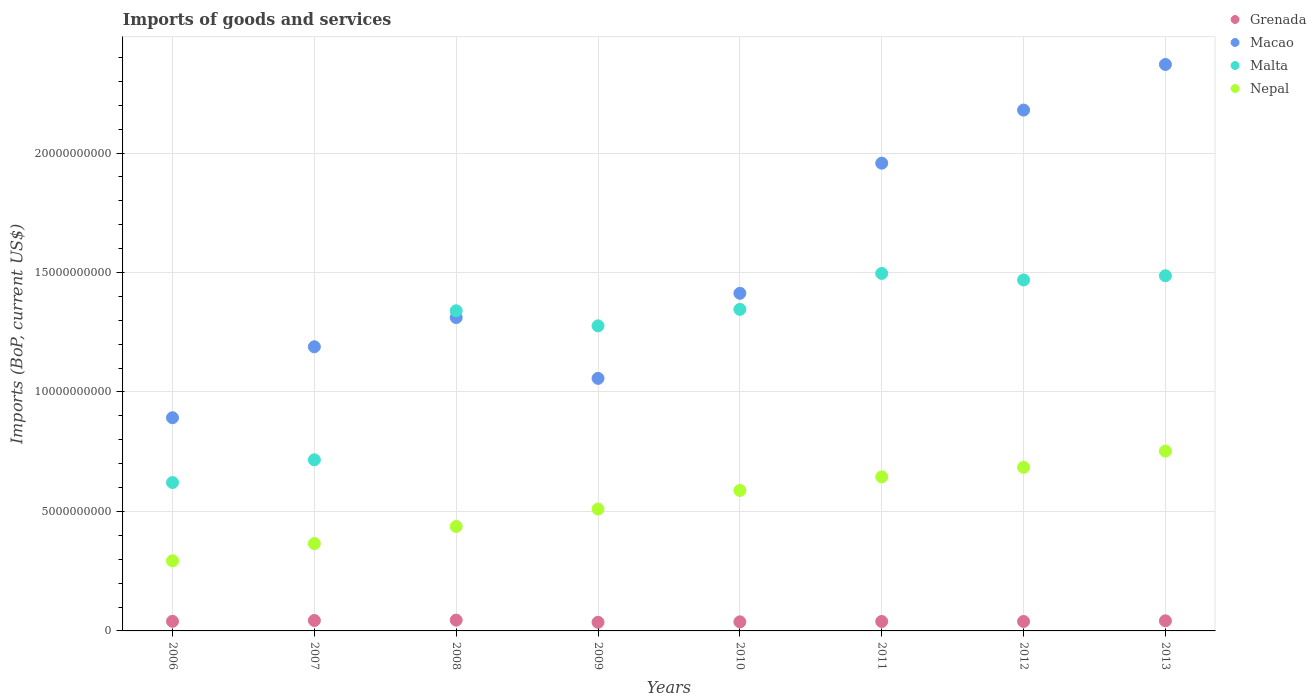
| Years | Grenada | Macao | Malta | Nepal |
 | --- | --- | --- | --- | --- |
 | 2006 | 4.02e+08 | 8.92e+09 | 6.21e+09 | 2.93e+09 |
 | 2007 | 4.36e+08 | 1.19e+10 | 7.16e+09 | 3.66e+09 |
 | 2008 | 4.52e+08 | 1.31e+10 | 1.34e+10 | 4.37e+09 |
 | 2009 | 3.61e+08 | 1.06e+10 | 1.28e+10 | 5.1e+09 |
 | 2010 | 3.8e+08 | 1.41e+10 | 1.35e+10 | 5.88e+09 |
 | 2011 | 3.95e+08 | 1.96e+10 | 1.5e+10 | 6.45e+09 |
 | 2012 | 3.96e+08 | 2.18e+10 | 1.47e+10 | 6.85e+09 |
 | 2013 | 4.23e+08 | 2.37e+10 | 1.49e+10 | 7.53e+09 |